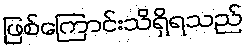
ဖြစ်ကြောင်းသိရှိရသည်